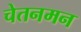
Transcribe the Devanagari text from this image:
चेतनमन